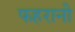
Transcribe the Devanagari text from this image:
फहरानी